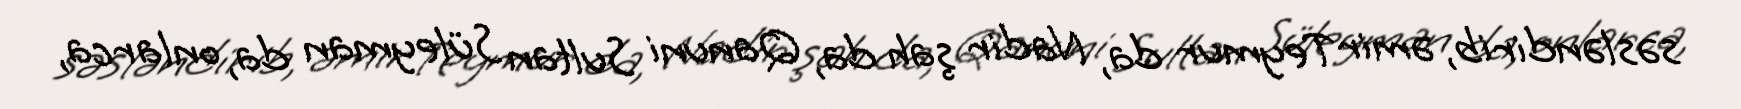
səsləndirib, əmir Teymur da, Nadir şah da, Qanuni Sultan Süleyman da, onlarca,